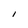
Character: l